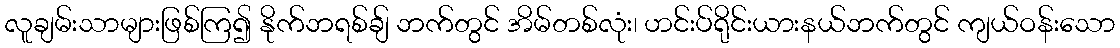
လူချမ်းသာများဖြစ်ကြ၍ နိုက်ဘရစ်ချ် ဘက်တွင် အိမ်တစ်လုံး၊ ဟင်းပ်ရိုင်းယားနယ်ဘက်တွင် ကျယ်ဝန်းသော